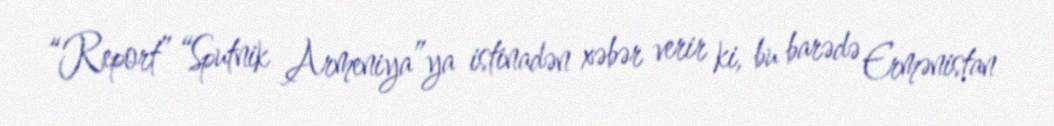
“Report” “Sputnik Armeniya”ya istinadən xəbər verir ki, bu barədə Ermənistan